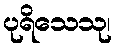
ပုရိသေသု၊